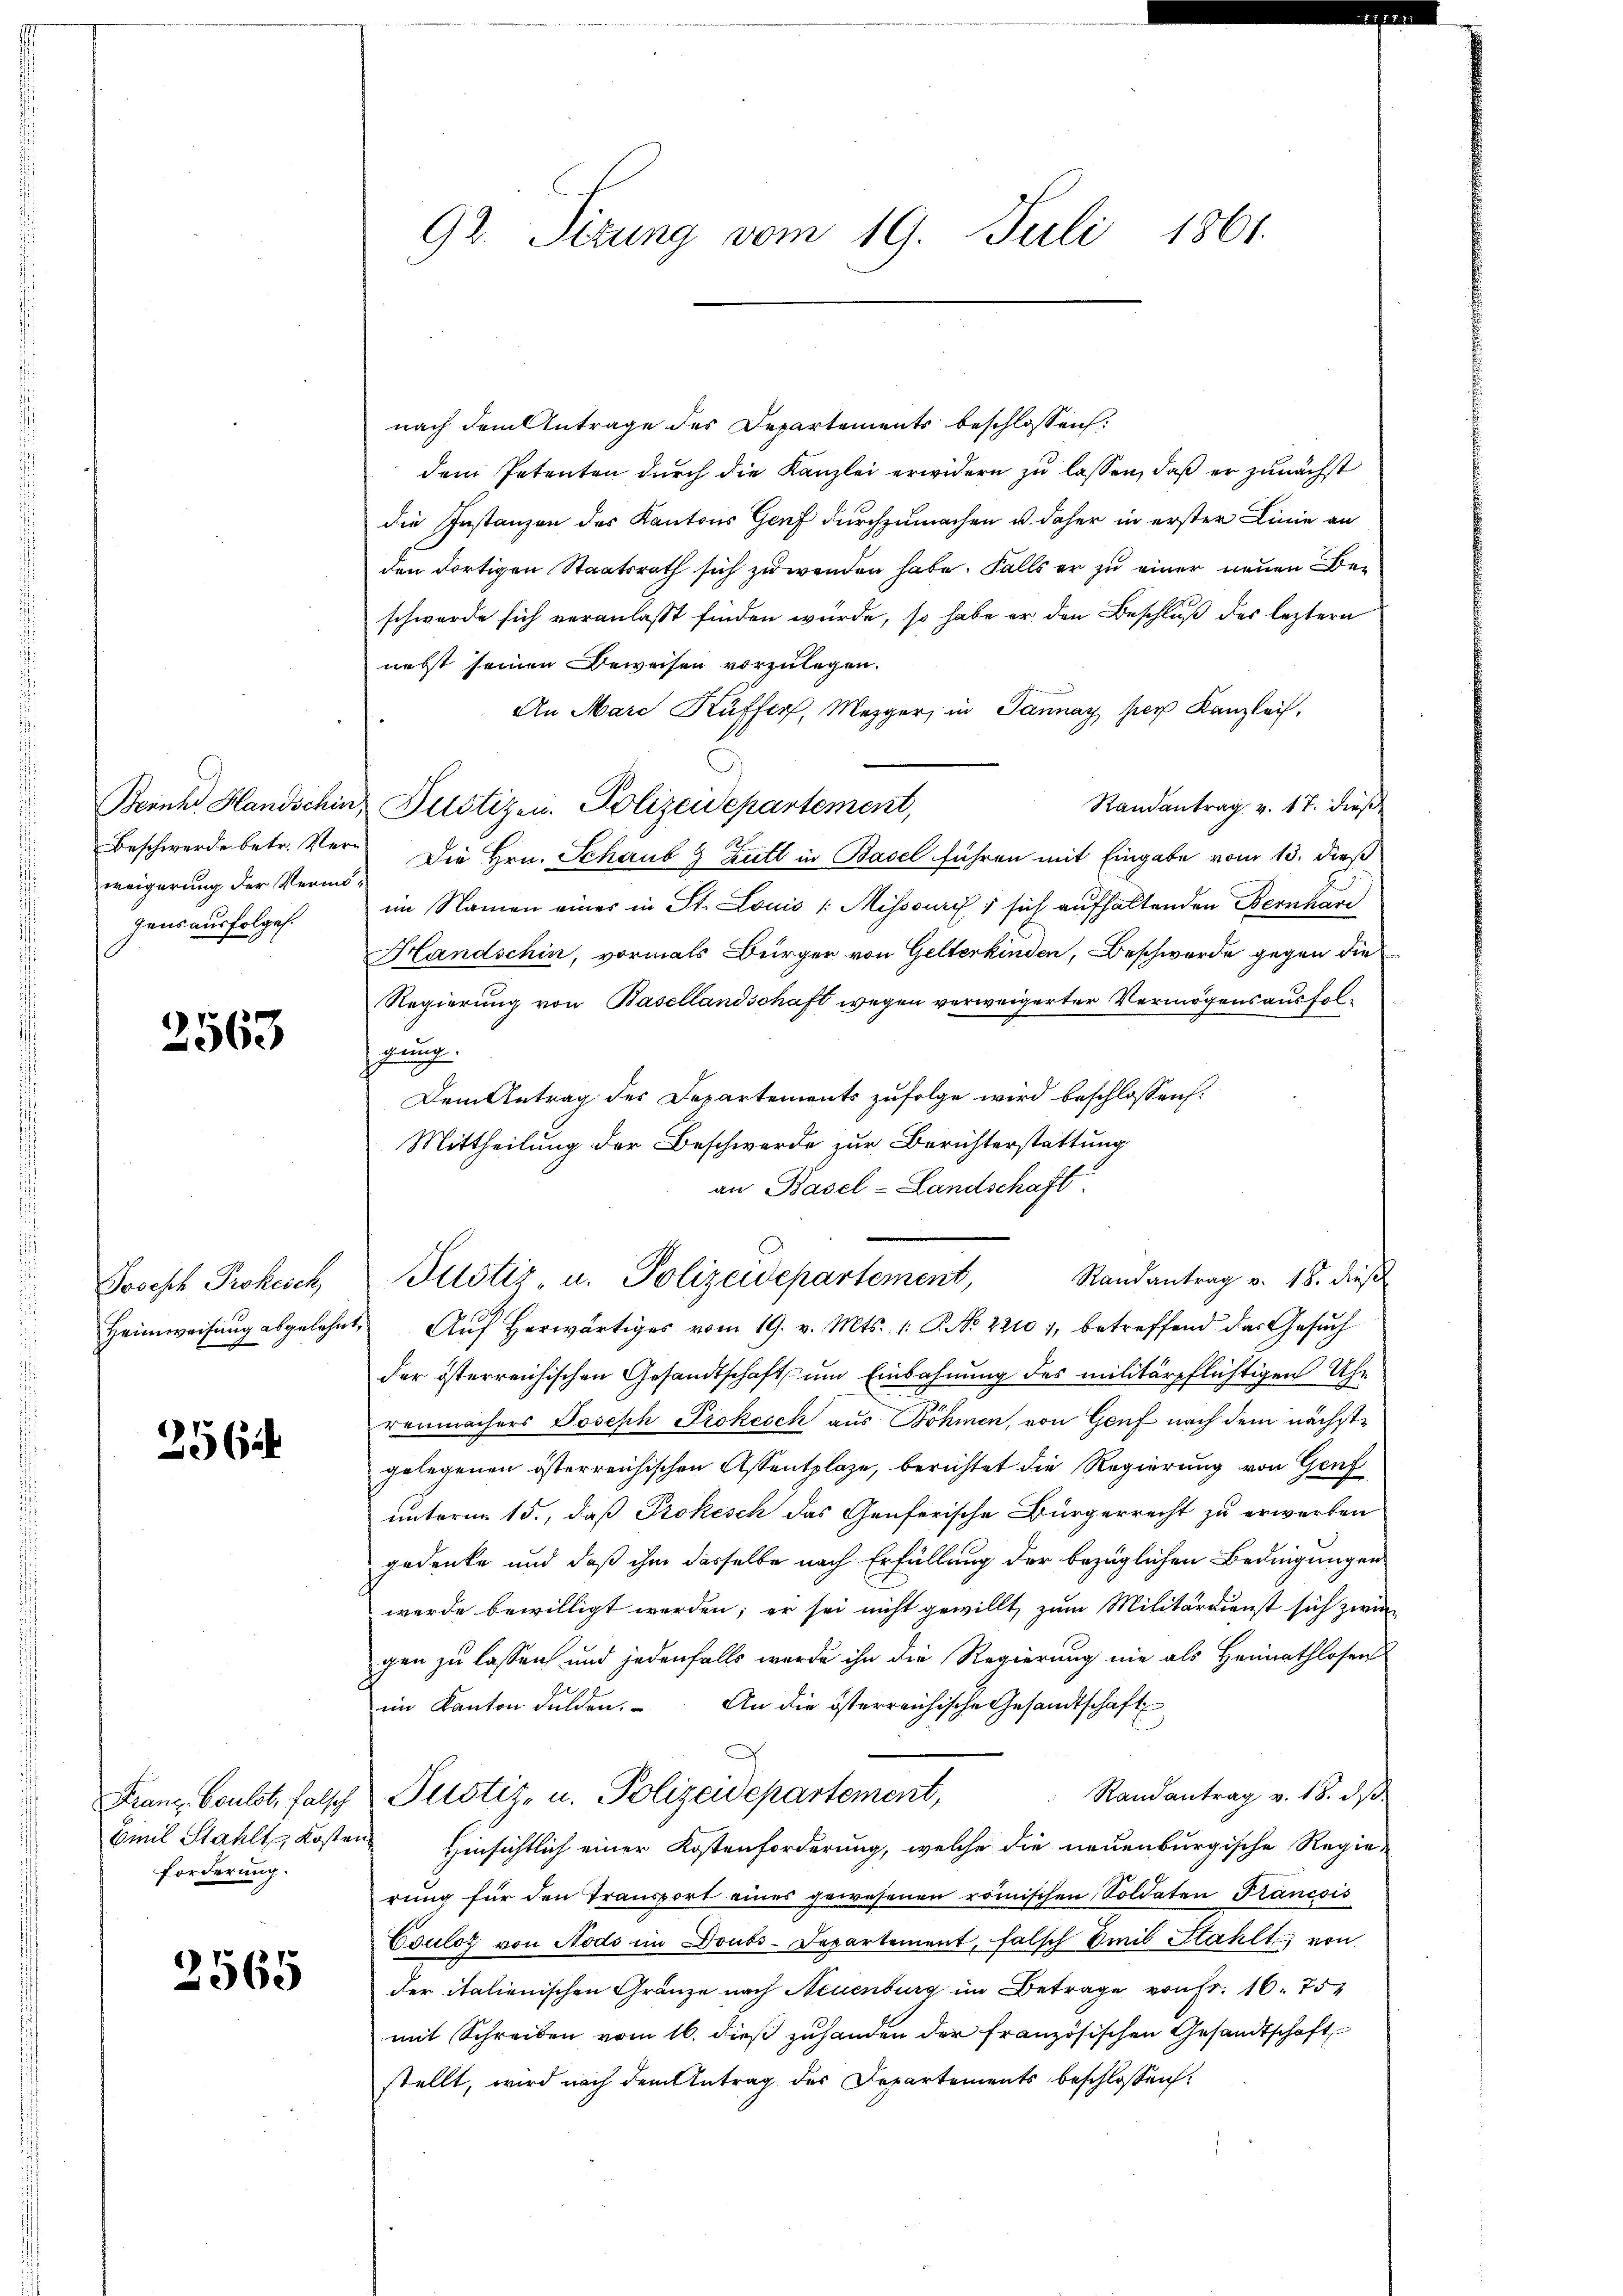
Beschwerde betr. Verweigerung der Vermögensausfolges.

2563

Joseph Prokesch
Heimweisung abgelehnt,

256.

Franz. Coulot, falsch
Biel Stahlte Kosten
Forderung.

2565

92. Sirung vom 19. Juli 1861.

nach dem Antrage des Departements beschlossen:
dem Petenten durch die Kanzlei erwidern zu lassen, daß er zunächst
die Instanzen des Kantons Genf durchzumachen u. daher in erster Linie an
den dortigen Staatsrath sich zu wenden habe. Falls er zu einer neuen Beschwerde sich veranlasst finden würde, so habe er den Beschluß des leztern
nebst seinen Beweisen vorzulegen.
An Marc Kuffer, Mezger, in Tannay hier Kanzlei,
Bernh Handschin, Pustizen. Polizeidepartement,
Randantrag v. 17. dieß
Die Hrn. Schaub & Zutt in Basel führen mit Eingabe vom 13. dieß
im Namen eines in St. Louis /: Mihsourc 7 sich aufhaltenden Bernhar
Handschin, vormals Bürger von Gelterkinden, Beschwerde gegen die
Regierung von Basellandschaft wegen verweigerter Vermögensausfolgung.
Dem Antrag des Departements zufolge wird beschlossen:
Mittheilung der Beschwerde zur Berichterstattung
an Basel-Landschaft.
Auf herwärtiges vom 19. v. Mts. 1. P. No. 22101, betreffend das Gesuchder österreichischen Gesandtschaft und Einbahnung des militärpflichtigen Uhr
renmachers Joseph Prokesch aus Böhmen, von Genf nach dem nächstgelegenen österreichischen Assentplaze, berichtet die Regierung von Genf
unterm 15., daß Prokesch das Genferische Bürgerrecht zu erwerben
gedenke und daß ihm dasselbe nach Erfüllung der bezüglichen Bedingungen
werde bewilligt werden; er sei nicht gewillt, zum Militärdienst sich zwi-
gen zu lassen und jedenfalls werde ihn die Regierung nie als Heimathlosen
im Kanton dulden. An die österreichische Gesandtschaft
Randantrag v. 18. dβ.
Justiz- u. Polizeidepartement,
 Hinsichtlich einer Kostenforderung, welche die neuenburgische Regie-
rung für den Transport eines gewesenen römischen Soldaten Francois
Csuloz von Nods im Doubs-Departement, falsch Emil Stahlt, von
der italienischen Gränze nach Neuenburg im Betrage von Fr. 10. 754
mit Schreiben vom 16. dieß zuhanden der französischen Gesandtschaft
stellt, wird nach dem Antrag des Departements beschlossen:

Justiz u. Polizeidepartement, Randantrag v. 18. dieβ